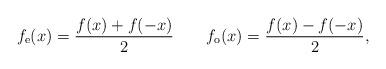
LaTeX: \begin{align*} f_{\mathrm{e}}(x)=\frac{f(x)+f(-x)}{2} \qquad f_{\mathrm{o}}(x)=\frac{f(x)-f(-x)}{2},\end{align*}